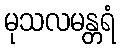
မုသလမန္တရံ